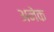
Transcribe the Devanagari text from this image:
अनेेक